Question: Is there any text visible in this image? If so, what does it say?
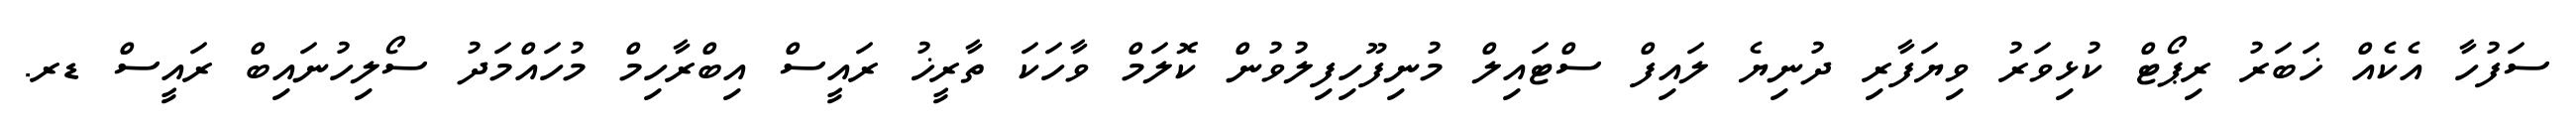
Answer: ސަފުހާ އެކެއް ޚަބަރު ރިޕޯޓް ކުޅިވަރު ވިޔަފާރި ދުނިޔެ ލައިފް ސްޓައިލް މުނިފޫހިފިލުވުން ކޮލަމް ވާހަކަ ތާރީޚު ރައީސް އިބްރާހިމް މުހައްމަދު ސޯލިހުނައިބް ރައީސް ޑރ.